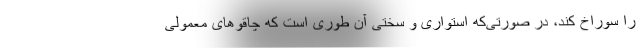
را سوراخ کند، در صورتی‌که استواری و سختی آن طوری است که چاقوهای معمولی